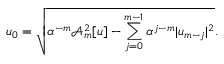
u _ { 0 } = \sqrt { \alpha ^ { - m } \mathcal { A } _ { m } ^ { 2 } [ u ] - \sum _ { j = 0 } ^ { m - 1 } \alpha ^ { j - m } | u _ { m - j } | ^ { 2 } } .